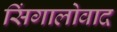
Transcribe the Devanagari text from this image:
सिंगालोवाद